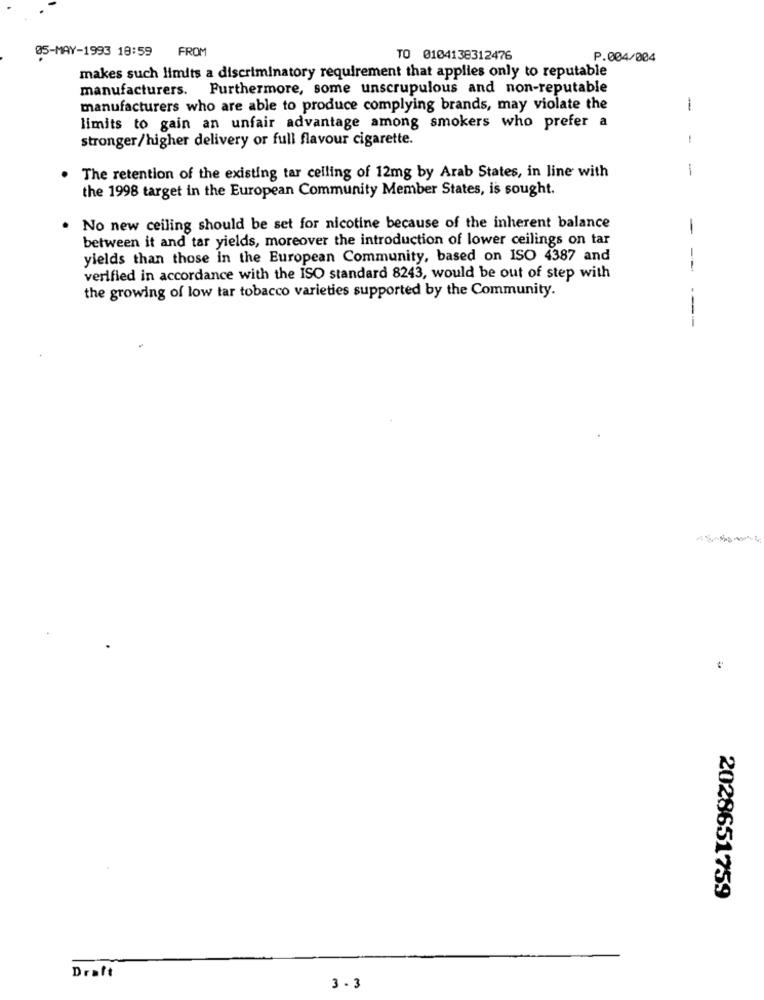
05-MAY-1993 18:59
FROM
TO 0104138312476
P.004/004
makes such limits a discriminatory requirement that applies only to reputable
manufacturers. Furthermore, some unscrupulous and non-reputable
manufacturers who are able to produce complying brands, may violate the
1
limits to gain an unfair advantage among smokers who prefer a
stronger/higher delivery or full flavour cigarette.
-
The retention of the existing tar ceiling of 12mg by Arab States, in line with
the 1998 target in the European Community Member States, is sought.
No new ceiling should be set for nicotine because of the inherent balance
-
between it and tar yields, moreover the introduction of lower ceilings on tar
yields than those in the European Community, based on ISO 4387 and
--
verified in accordance with the ISO standard 8243, would be out of step with
the growing of low tar tobacco varieties supported by the Community.
---
2028651759
Draft
3.3